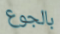
بالجوع